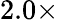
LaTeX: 2.0\times